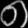
Digit: ၈